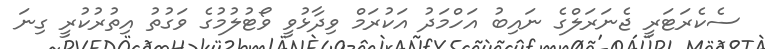
ސެކެރަޓަރީ ޖެނަރަލްގެ ނައިބު އަހްމަދު އަކުރަމް ވިދާޅުވީ ވޯޓުލުމުގެ ވަގުތު އިތުރުކުރީ ގިނަ